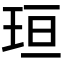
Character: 𪻘